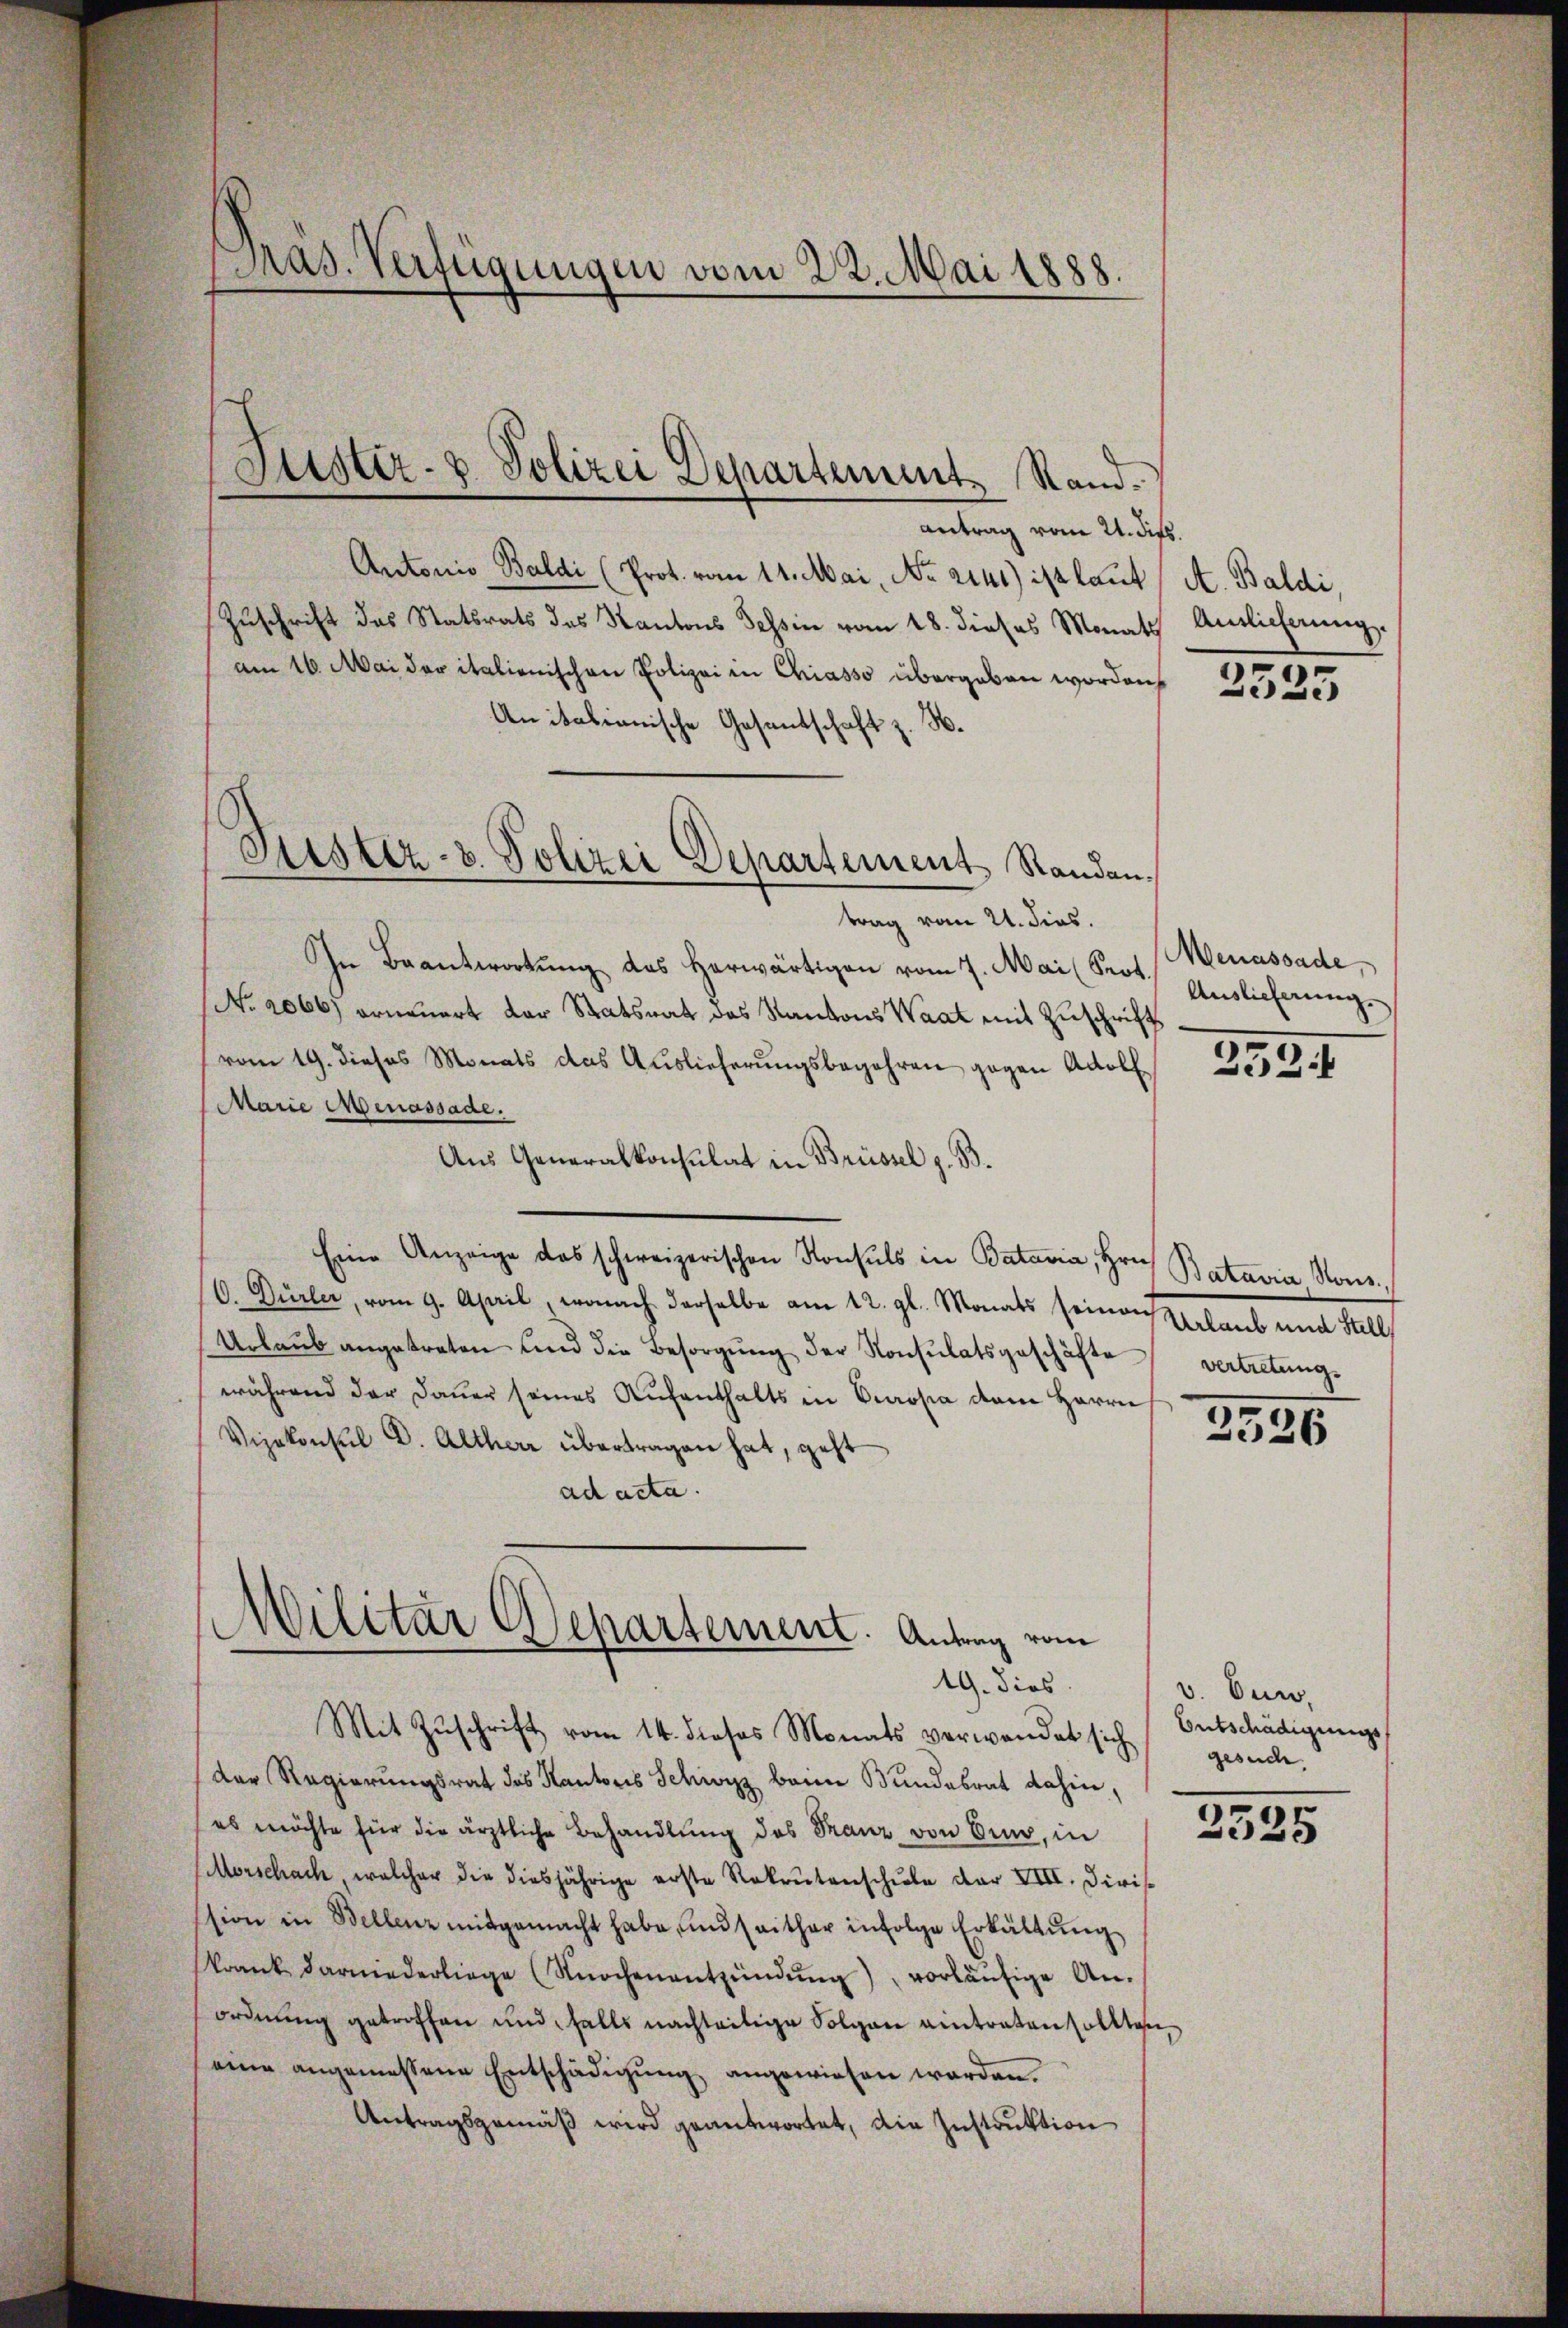
Pras. Verfügungen vom 22. Mai 1888.

antrag vom 21. dies.
Autoris Baldi (Prot. vom 11. Mai, No. 2141) ist laut
Zuschrift das Statsrats des Kantons Tessin vom 18. dieses Monath
am 16. Mai der italienischen Polizei in Chiasso übergeben worden,
Anitationische Gesantschaft z. B.
trag vom 21. dies.
In Beantwortung des herwärtigen vom 7. Mai (Prof. Auslicherung
No. 2066) erneuert der Statsrat des Kantons Waat mit Zuschrift
vom 19. dieses Monats das Auslieferungsbegehren gegen Adolf
Marie Menassade.
Aus Generalkonsulat in Brüssel z. B.
Eine Anzeige des schweizerischen Konsuls in Batavia, Hrn. Batavia Nons,
O. Dürler, vom 9. April, wonach derselbe am 12. gl. Monats seinen Verlaub und Fall
Urlaŭb angetreten und die Besorgŭng der Konsulatsgeschäfte vertretungs
während der Dauer seines Aufenthalts in Europa dem Herrn
Vizekonsul d. Altherr übertragen hat, geht
ad acta.
Militar Departement. Antrag vom
49. Dies
Mit Zŭschrift vom 14. dieses Monats verwandet sich gesuche.
der Regierungsrat des Kantons Schwyz beim Bundesrat dahin,
es möchte für die ärztliche Behandlung des Franz von den, in
Morschach, welcher die diesjährige erste Rekrutenschŭle der XIII. Divis
ssion in Bellenz mitgemacht habe, und seither infolge Erkältung
krank darniederliege (Kochenentzündung), vorläufige Anordnung getroffen und falls nachteilige Folgen eintraten sollten,
eine angemessene Entschädigung angewiesen worden.
Antragsgemäß wird geantwortet, die Instruktion

5
Justiz- & Polizei Departement Stand.

Justiz- & Polizei Departement Randan¬

A. Baldi,
Antlicherung.

2525

Menassade

253 f

2326

v. Bund.
Entschädigungs¬
2325